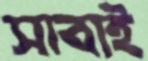
সাবাই